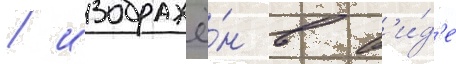
/ изображё́н в в'и́д'е